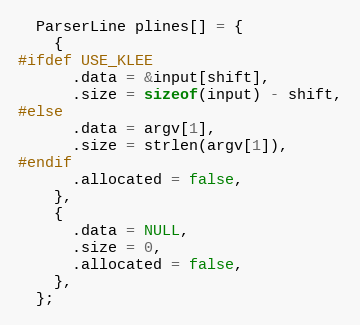
Language: C
  ParserLine plines[] = {
    {
#ifdef USE_KLEE
      .data = &input[shift],
      .size = sizeof(input) - shift,
#else
      .data = argv[1],
      .size = strlen(argv[1]),
#endif
      .allocated = false,
    },
    {
      .data = NULL,
      .size = 0,
      .allocated = false,
    },
  };